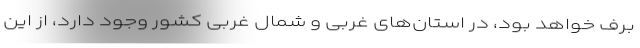
برف خواهد بود، در استان‌های غربی و شمال غربی کشور وجود دارد، از این